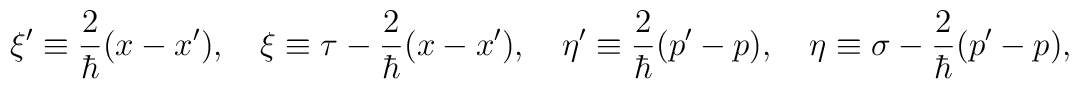
\xi'\equiv {2\over \hbar} (x-x'), \quad\xi\equiv \tau-  {2\over \hbar} (x-x'), \quad\eta'\equiv {2\over \hbar} (p'-p), \quad\eta\equiv \sigma- {2\over \hbar} (p'-p),